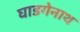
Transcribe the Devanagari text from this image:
घाडगेनाथ